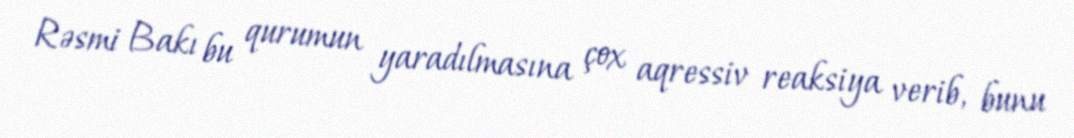
Rəsmi Bakı bu qurumun yaradılmasına çox aqressiv reaksiya verib, bunu